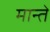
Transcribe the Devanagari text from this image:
मान्ते